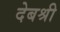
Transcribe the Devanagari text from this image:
देबश्री